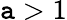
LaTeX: \mathtt{a}>1